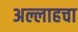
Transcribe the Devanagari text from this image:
अल्लाहचा